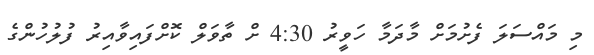
މި މައްސަލަ ފެށުމަށް މާދަމާ ހަވީރު 4:30 ށް ތާވަލް ކޮށްފައިވާއިރު ފުލުހުންގެ